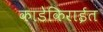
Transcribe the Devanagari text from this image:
काडेकिराईत